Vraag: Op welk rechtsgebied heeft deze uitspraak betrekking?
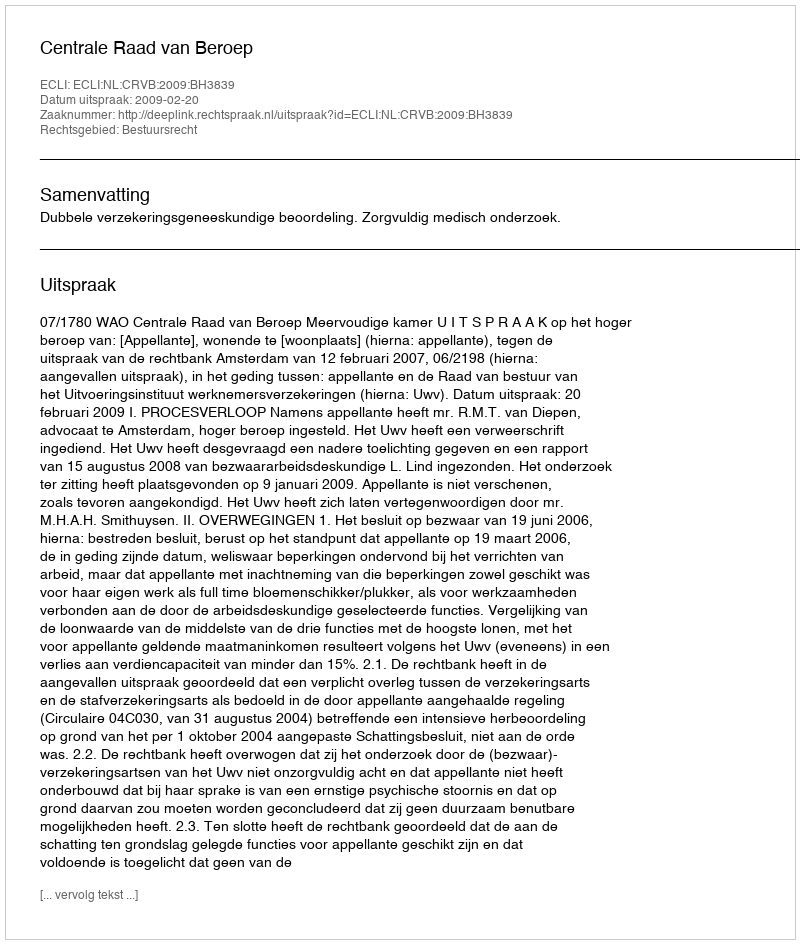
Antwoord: Bestuursrecht